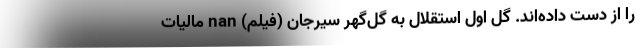
را از دست داده‌اند. گل اول استقلال به گل‌گهر سیرجان (فیلم) nan مالیات